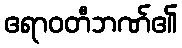
ဧရာဝတီဘဏ်၏